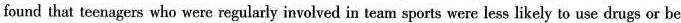
found that teenagers who were regularly involved in team sports were less likely to use drugs or be